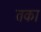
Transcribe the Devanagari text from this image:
तका